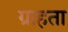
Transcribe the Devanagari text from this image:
ग्राहता